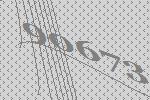
90673